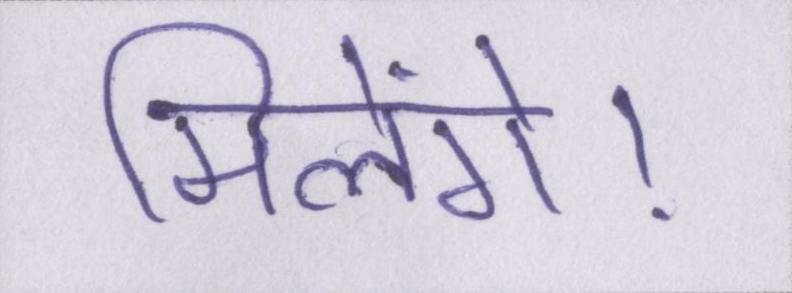
मिलेंगे।